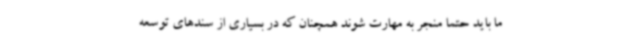
ما باید حتما منجر به مهارت شوند همچنان که در بسیاری از سندهای توسعه